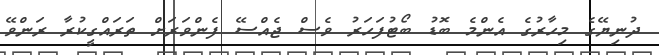
ދުނިޔޭގެ މިހާރުގެ އެންމެ ބޮޑު ބޯޓުފަހަރު ވެސް ޖެއްސޭ ފެންވަރަށް ތަރައްގީކުރާ ރަންވޭ